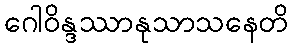
ဂေါဝိန္ဒဿာနုသာသနေတိ